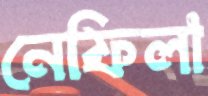
নেফিলা